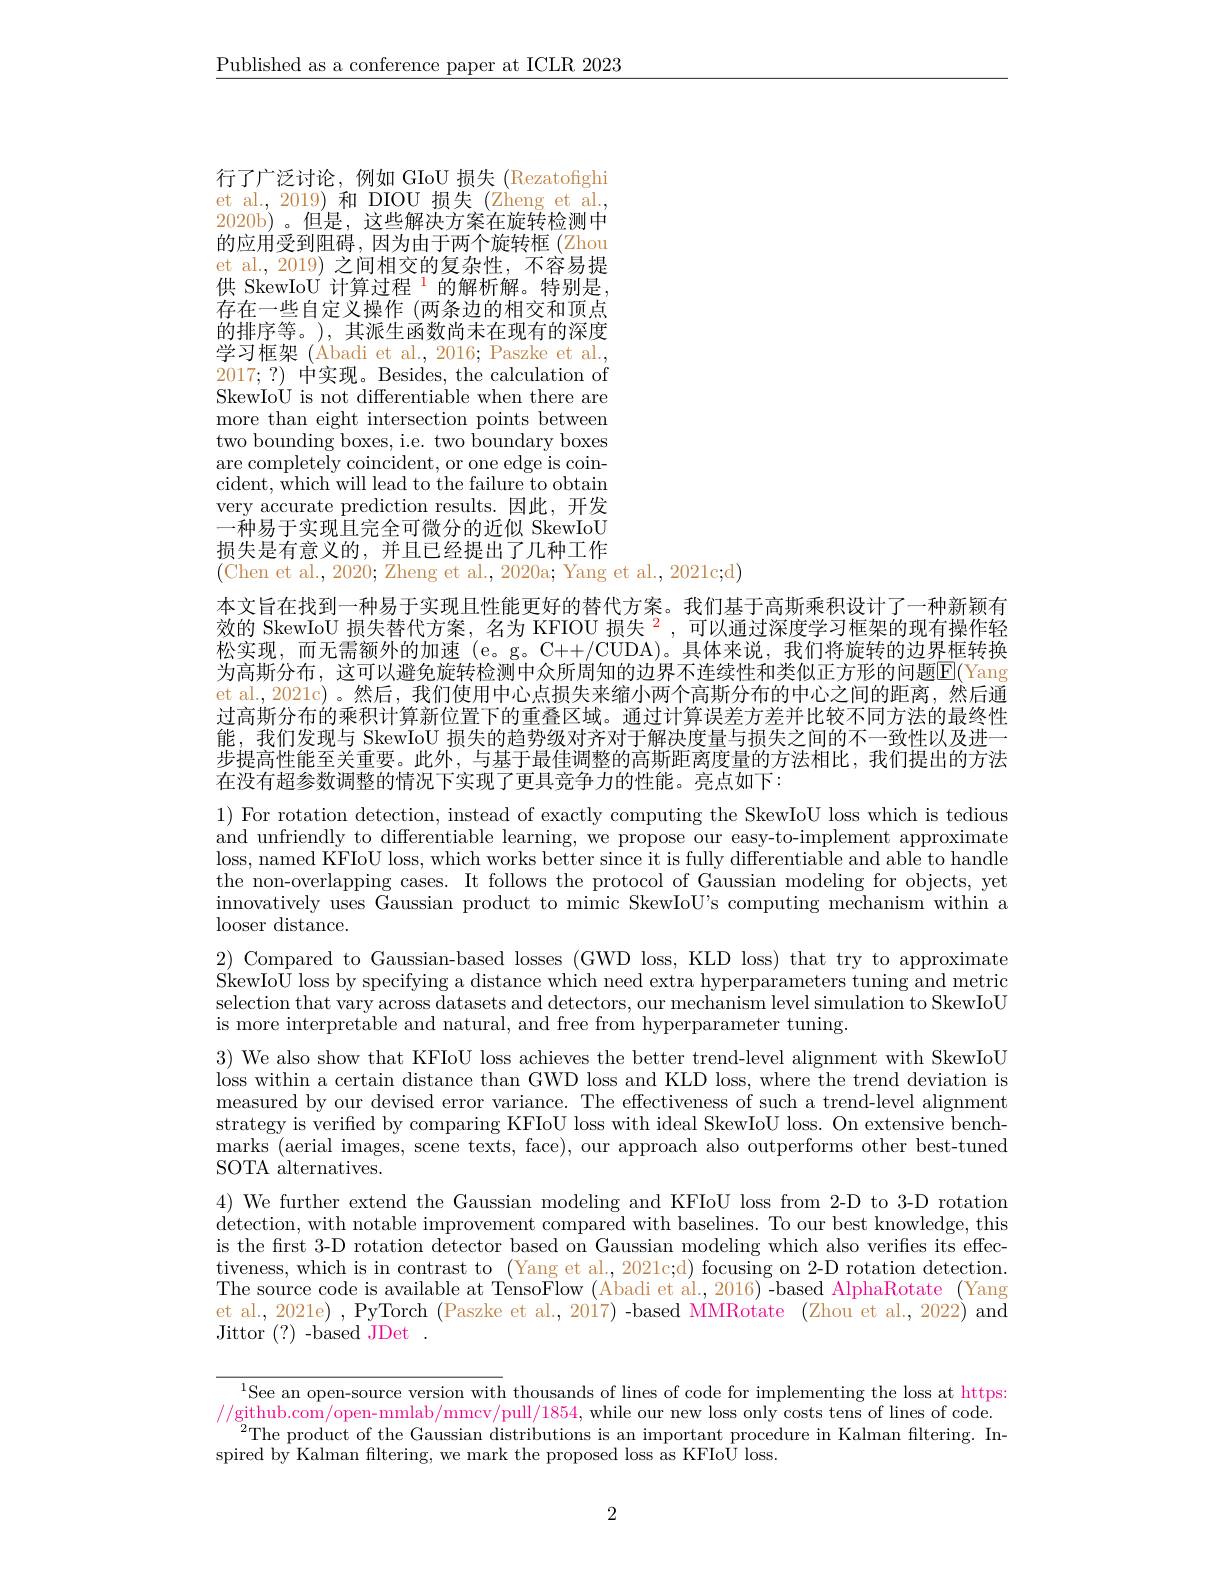
$\underline{\text{Published as a conference paper at ICLR 2023}}$

行了广泛讨论，例如 GIoU 损失 (Rezatofighi et al., 2019) 和 DIOU 损失(Zheng et al., 2020b)。但是，这些解决方案在旋转检测中的应用受到阻碍，因为由于两个旋转框(Zhou et al., 2019) 之间相交的复杂性，不容易提供 SkewIoU 计算过程 $^{\mathrm{i}}$的解析解。特别是， 存在一些自定义操作 (两条边的相交和顶点的排序等。),其派生函数尚未在现有的深度学习框架(Abadi et al., 2016; Paszke et al., 2017;?)中实现。Besides, the calculation of SkewIoU is not differentiable when there are more than eight intersection points between two bounding boxes, i.e. two boundary boxes are completely coincident, or one edge is coincident, which will lead to the failure to obtain very accurate prediction results.因此，开发一种易于实现且完全可微分的近似 SkewIoU 损失是有意义的，并且已经提出了几种工作(Chen et al., 2020; Zheng et al., 2020a; Yang et al., 2021c;d)

本文旨在找到一种易于实现且性能更好的替代方案。我们基于高斯乘积设计了一种新颖有效的 SkewIoU 损失替代方案，名为 KFIOU 损失$^{2}$,可以通过深度学习框架的现有操作轻松实现，而无需额外的加速 (e。g。C++/CUDA)。具体来说，我们将旋转的边界框转换为高斯分布，这可以避免旋转检测中众所周知的边界不连续性和类似正方形的问题$\overline{\mathrm{E}}($Yang et al.,2021c)。然后，我们使用中心点损失来缩小两个高斯分布的中心之间的距离，然后通过高斯分布的乘积计算新位置下的重叠区域。通过计算误差方差并比较不同方法的最终性能，我们发现与 SkewIoU 损失的趋势级对齐对于解决度量与损失之间的不一致性以及进一步提高性能至关重要。此外，与基于最佳调整的高斯距离度量的方法相比，我们提出的方法在没有超参数调整的情况下实现了更具竞争力的性能。亮点如下：

1) For rotation detection, instead of exactly computing the SkewIoU loss which is tedious and unfriendly to differentiable learning, we propose our easy-to-implement approximate loss, named KFIoU loss, which works better since it is fully differentiable and able to handle the non-overlapping cases. It follows the protocol of Gaussian modeling for objects, yet innovatively uses Gaussian product to mimic SkewIoU's computing mechanism within a ${\mathrm{looser~distance}}.$
$\begin{array}{c}2)&\text{Compared to Gaussian-based losses (GWD loss, KLD loss) that try to approximate}\\2)&\text{Compared to Gaussian-based losses (GWD loss, KLD loss) that try to approximate}\end{array}$ SkewIoU loss by specifying a distance which need extra hyperparameters tuning and metric selection that vary across datasets and detectors, our mechanism level simulation to SkewIoU is more interpretable and natural, and free from hyperparameter tuning.
3) We also show that KFIoU loss achieves the better trend-level alignment with SkewIoU loss within a certain distance than GWD loss and KLD loss, where the trend deviation is measured by our devised error variance. The effectiveness of such a trend-level alignment strategy is verified by comparing KFIoU loss with ideal SkewIoU loss. On extensive benchmarks (aerial images, scene texts, face), our approach also outperforms other best-tuned SOTA alternatives.
4) We further extend the Gaussian modeling and KFIoU loss from 2-D to 3-D rotation detection, with notable improvement compared with baselines. To our best knowledge, this is the first 3-D rotation detector based on Gaussian modeling which also verifies its effectiveness, which is in contrast to (Yang et al., 2021c;d) focusing on 2-D rotation detection. The source code is available at TensoFlow (Abadi et al., 2016)-based AlphaRotate (Yang et al., 2021e) , PyTorch (Paszke et al., 2017) -based MMRotate (Zhou et al., 2022) and Jittor (?)-based JDet.

$^{1}$See an open-source version with thousands of lines of code for implementing the loss at https: //github.com/open-mmlab/mmcv/pull/1854,while our new loss only costs tens of lines of code.
$^{2}$The product of the Gaussian distributions is an important procedure in Kalman filtering. In-
spired by Kalman filtering, we mark the proposed loss as KFIoÛ loss.

2